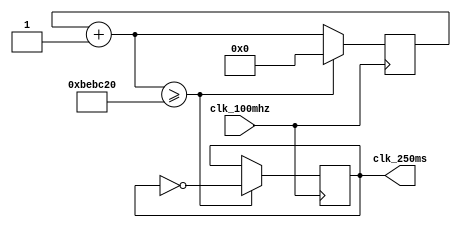

`ifndef _clk_250ms
`define _clk_250ms

module clk_250ms(
    clk_100mhz,
    clk_250ms
);
    input wire clk_100mhz;
    output reg clk_250ms;

    reg [27:0]counter;

    initial begin
        counter = 0;
        clk_250ms = 0;
    end

    always @(posedge clk_100mhz) begin
        counter = counter + 1;
        if (counter >= 12500000) begin
            clk_250ms = ~clk_250ms;
            counter = 0;
        end
    end

endmodule // clk_250ms

`endif